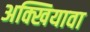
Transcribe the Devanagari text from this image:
अक्खियावा